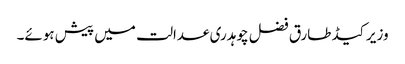
وزیر کیڈ طارق فضل چوہدری عدالت میں پیش ہوئے۔